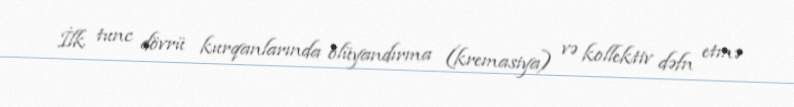
İlk tunc dövrü kurqanlarında ölüyandırma (kremasiya) və kollektiv dəfn etmə